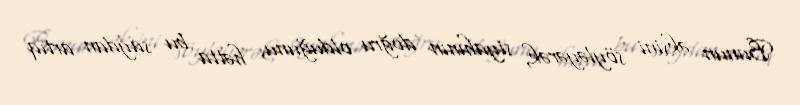
Bunun əksini söyləyərək, siyahının doğru olduğunu, hətta bu saydan artıq